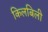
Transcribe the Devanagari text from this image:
किलबिली